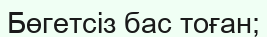
Бөгетсіз бас тоған;